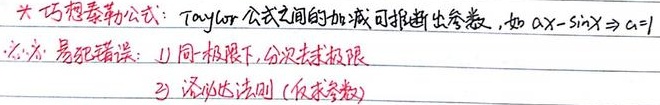
** 巧想泰勒公式：** Taylor公式之间的加减可推断出参数，如 \(ax - \sin x\Rightarrow a = 1\)
** 注：易犯错误：**
1) 同一极限下，分次求极限
2) 洛必达法则 (仅求参数)